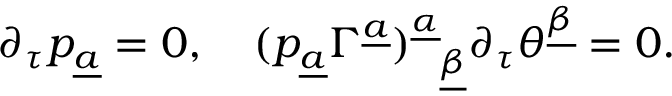
\partial _ { \tau } p _ { \underline { { a } } } = 0 , \quad ( p _ { \underline { { a } } } \Gamma ^ { \underline { { a } } } ) _ { ~ ~ \underline { { \beta } } } ^ { \underline { { \alpha } } } \partial _ { \tau } \theta ^ { \underline { { \beta } } } = 0 .